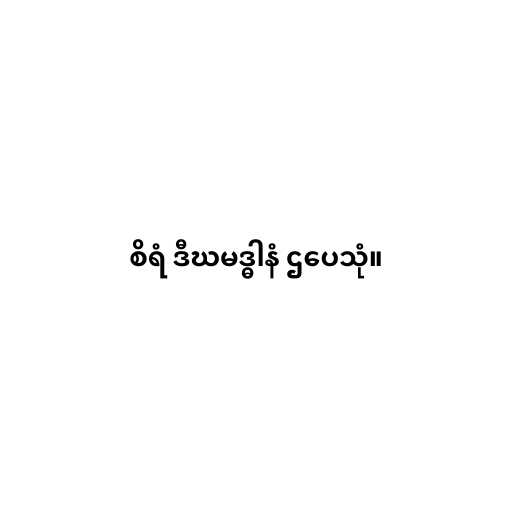
စိရံ ဒီဃမဒ္ဓါနံ ဌပေသုံ။